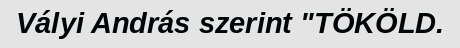
Vályi András szerint "TÖKÖLD.